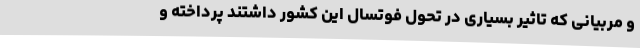
و مربیانی که تاثیر بسیاری در تحول فوتسال این کشور داشتند پرداخته و